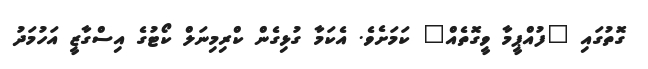
ގޮތުގައި "ފުއްޕީމާ ވީގޮތެއް" ކަމަށެވެ. އެކަމާ ގުޅިގެން ކްރިމިނަލް ކޯޓުގެ އިސްގާޒީ އަހުމަދު